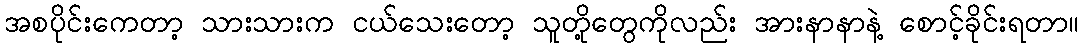
အစပိုင်းကေတာ့ သားသားက ငယ်သေးတော့ သူတို့တွေကိုလည်း အားနာနာနဲ့ စောင့်ခိုင်းရတာ။